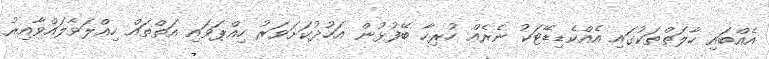
އެއްބައި ހާލަތްތަކުގައި އެއްކެޑިޑޭޓަކު ނެރެއް ހުރިހާ ބޭފުޅުން އަހުދުކަށަވަރު ހިއްޕަވައި އަތްތައް ހިއްލަވާލައްވާއިރު